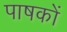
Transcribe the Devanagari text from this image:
पाषकों